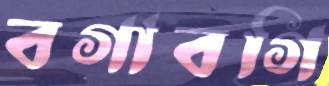
বগাবগি